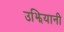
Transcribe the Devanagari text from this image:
उझियानी